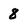
Character: 8